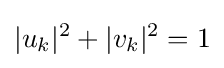
|u_{k}|^{2}+|v_{k}|^{2}=1